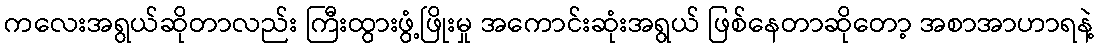
ကလေးအရွယ်ဆိုတာလည်း ကြီးထွားဖွံ့ဖြိုးမှု အကောင်းဆုံးအရွယ် ဖြစ်နေတာဆိုတော့ အစာအာဟာရနဲ့